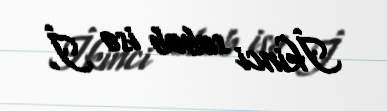
İkinci səbəb isə İ.